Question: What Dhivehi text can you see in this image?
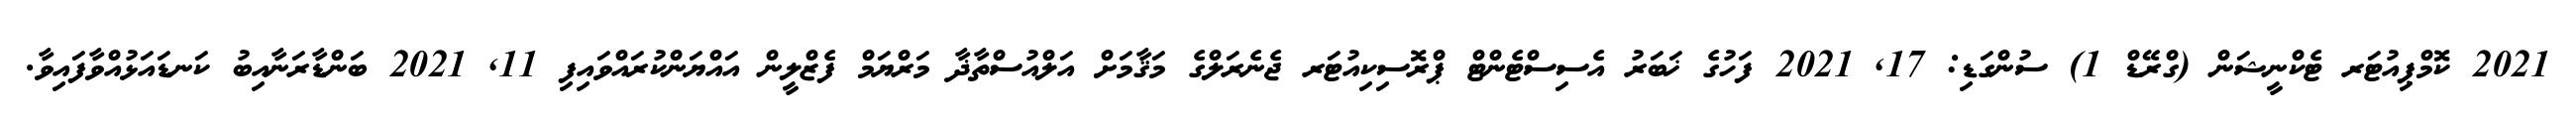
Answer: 2021 ކޮމްޕިއުޓަރ ޓެކްނީޝަން (ގްރޭޑް 1) ސުންގަޑި: 17, 2021 ފަހުގެ ޚަބަރު އެސިސްޓެންޓް ޕްރޮސިކިއުޓަރ ޖެނެރަލްގެ މަޤާމަށް އަލްއުސްތާޛާ މަރްޔަމް ފެޒްލީން އައްޔަންކުރައްވައިފި 11, 2021 ބަންޑާރަނާއިބު ކަނޑައަޅުއްވާފައިވާ.